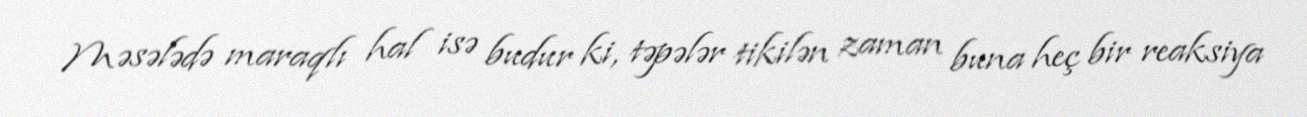
Məsələdə maraqlı hal isə budur ki, təpələr tikilən zaman buna heç bir reaksiya